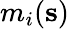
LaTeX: m_{i}(\mathbf{s})